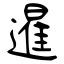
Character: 暹